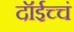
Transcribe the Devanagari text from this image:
दॉईच्चं